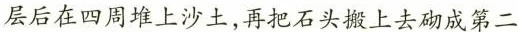
层后在四周堆上沙土，再把石头搬上去砌成第二